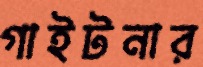
গাইটনার